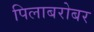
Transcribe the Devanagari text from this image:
पिलाबरोबर